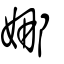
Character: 娜